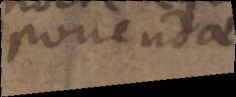
ponendae